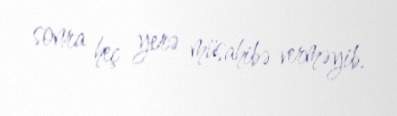
sonra heç yerə müsahibə verməyib.